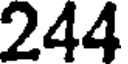
244